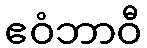
ဧဝံဘာဝီ